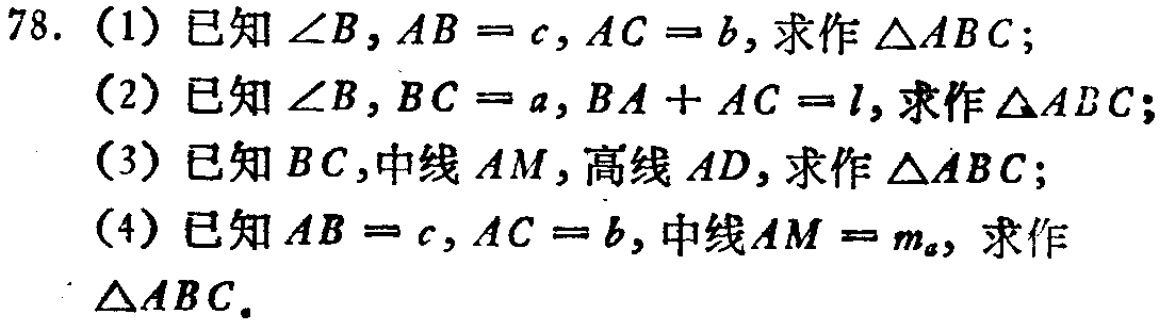
78. (1) 已知\(\angle B\)，\(AB = c\)，\(AC = b\)，求作\(\triangle ABC\)；
(2) 已知\(\angle B\)，\(BC = a\)，\(BA + AC = l\)，求作\(\triangle ABC\)；
(3) 已知\(BC\)，中线\(AM\)，高线\(AD\)，求作\(\triangle ABC\)；
(4) 已知\(AB = c\)，\(AC = b\)，中线\(AM = m_{a}\)，求作\(\triangle ABC\)。